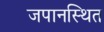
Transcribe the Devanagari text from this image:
जपानस्थित